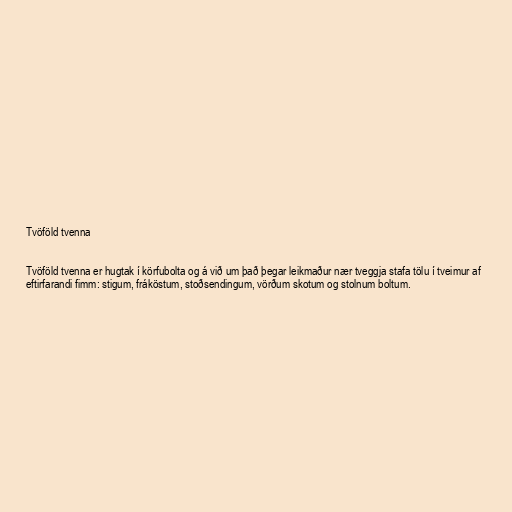
Tvöföld tvenna

Tvöföld tvenna er hugtak í körfubolta og á við um það þegar leikmaður nær tveggja stafa tölu í tveimur af
eftirfarandi fimm: stigum, fráköstum, stoðsendingum, vörðum skotum og stolnum boltum.